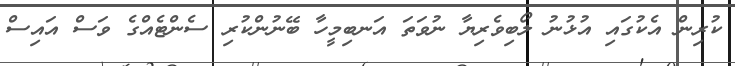
ކުރިން އެކުގައި އުޅުނު ލޯބިވެރިޔާ ނުވަތަ އަނބިމީހާ ބޭނުންކުރި ސެންޓެއްގެ ވަސް އައިސް